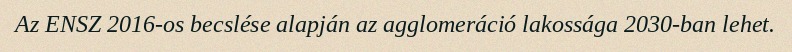
Az ENSZ 2016-os becslése alapján az agglomeráció lakossága 2030-ban lehet.